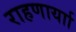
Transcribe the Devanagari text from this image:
राहणार्याा